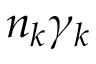
n _ { k } \gamma _ { k }